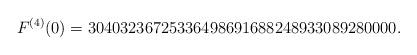
LaTeX: \begin{align*}F^{(4)}(0)=30403236725336498691688248933089280000.\end{align*}